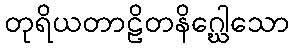
တုရိယတာဠိတနိဂ္ဃေါသော